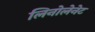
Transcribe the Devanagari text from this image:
लिनोलेनेट